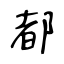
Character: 都